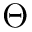
\Theta